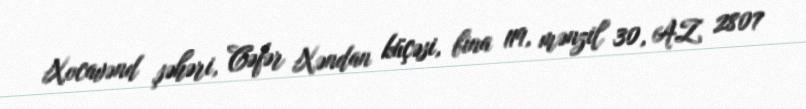
Xocavənd şəhəri, Cəfər Xəndan küçəsi, bina 119, mənzil 30, AZ 2807